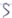
Text: S